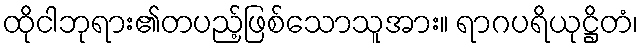
ထိုငါဘုရား၏တပည့်ဖြစ်သောသူအား။ ရာဂပရိယုဋ္ဌိတံ၊